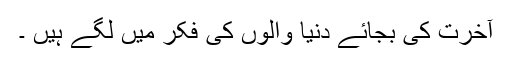
آخرت کی بجائے دنیا والوں کی فکر میں لگے ہیں ۔